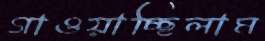
গাওয়াচ্ছিলাম